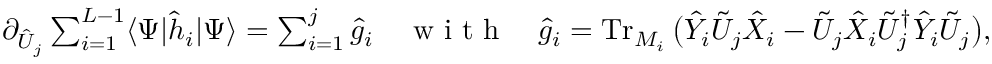
\textstyle \partial _ { \hat { U } _ { j } } \sum _ { i = 1 } ^ { L - 1 } \langle \Psi | \hat { h } _ { i } | \Psi \rangle \stackrel { } { = } \sum _ { i = 1 } ^ { j } \hat { g } _ { i } \quad \mathrm { ~ w ~ i ~ t ~ h ~ } \quad \hat { g } _ { i } \stackrel { } { = } \operatorname { T r } _ { M _ { i } } \big ( \hat { Y } _ { i } \tilde { U } _ { j } \hat { X } _ { i } - \tilde { U } _ { j } \hat { X } _ { i } \tilde { U } _ { j } ^ { \dag } \hat { Y } _ { i } \tilde { U } _ { j } \big ) ,